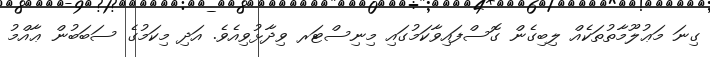
ގިނަ މަޢުލޫމާތުތަކެއް ލިބިގެން ގޮސްފައިވާކަމުގައި މިނިސްޓަރ ވިދާޅުވިއެވެ. އަދި މިކަމުގެ ސަބަބުން ޢާއްމު